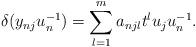
LaTeX: \begin{align*}\delta(y_{nj} u_n^{-1})=\sum_{l=1}^{m}a_{njl}t^l u_ju_n^{-1}.\end{align*}